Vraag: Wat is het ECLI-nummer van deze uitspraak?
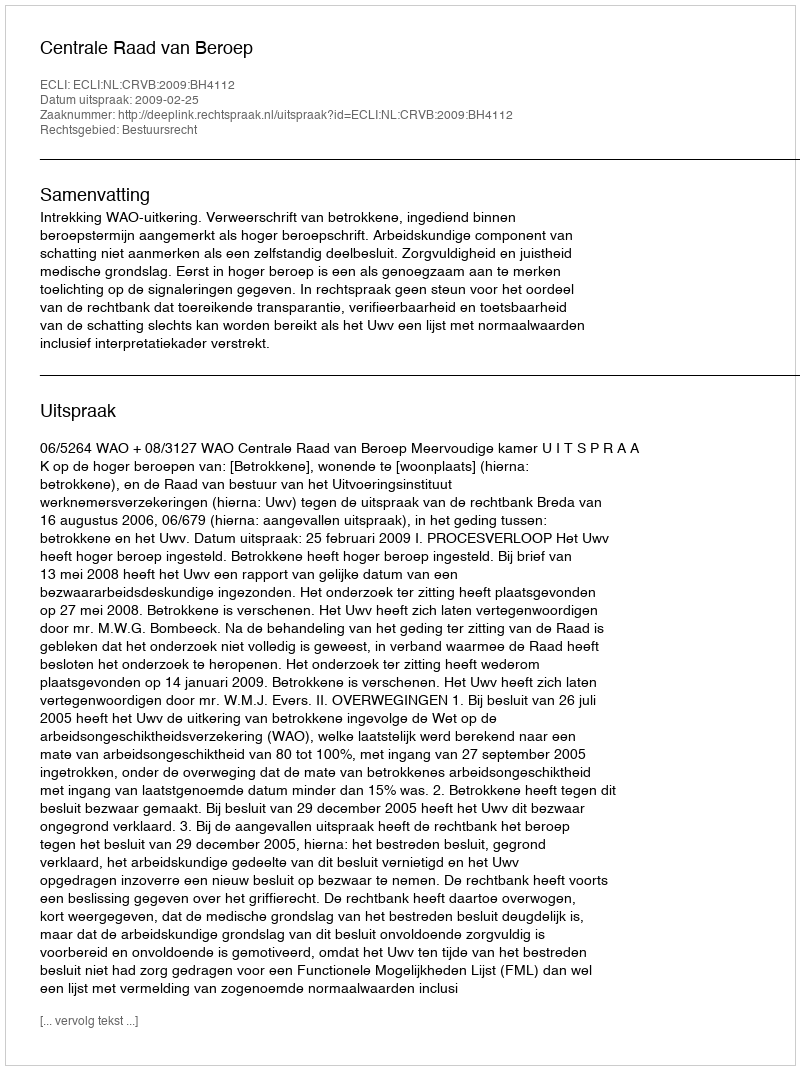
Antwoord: ECLI:NL:CRVB:2009:BH4112